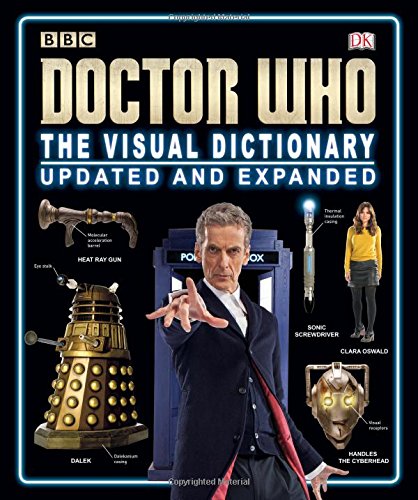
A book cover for Doctor Who: The Visual Dictionary; Jason Loborik; Humor & Entertainment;